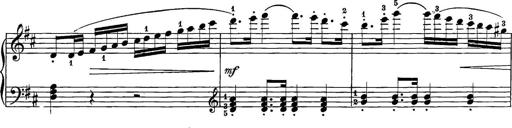
Title: 12 Sonatine per Pianoforte
Composer: Friedrich Kuhlau